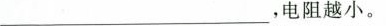
___，电阻越小。